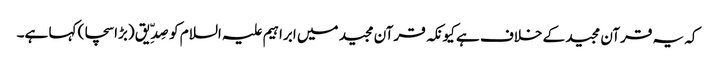
کہ یہ قرآن مجید کے خلاف ہے کیونکہ قرآن مجید میں ابراہیم علیہ السلام کو صِدِّیق (بڑا سچا) کہا ہے۔